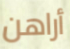
أراهن